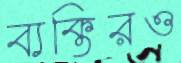
ব্যক্তিরও